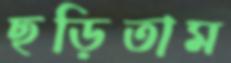
ছড়িতাম